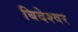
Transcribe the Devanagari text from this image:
बिदेश्वर